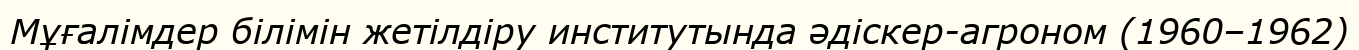
Мұғалімдер білімін жетілдіру институтында әдіскер-агроном (1960–1962)